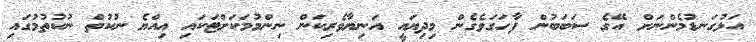
އަޅުގަނޑުމެންނަށް އޭގެ ސަބަބުން ފާހަގަވެގެން މިދިޔައީ އަނިޔާވެރިކަން ނިންމުމަކަށްޓަކައި އިއްޔެ ނުކުތް ނުކުތުމުގައި